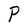
Character: P